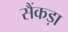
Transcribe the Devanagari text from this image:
सैंकड़ा